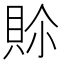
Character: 𮙾